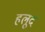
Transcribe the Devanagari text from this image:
हलूद